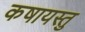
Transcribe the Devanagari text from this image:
कषायस्तु